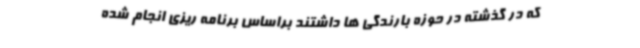
که در گذشته در حوزه بارندگی ها داشتند براساس برنامه ریزی انجام شده